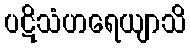
ပဋိသံဟရေယျာသိ